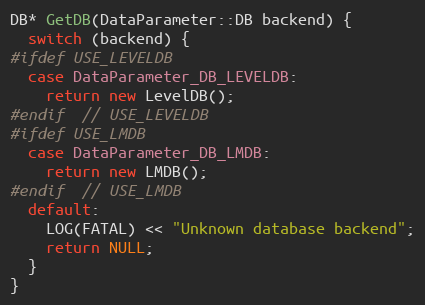
Language: C++
DB* GetDB(DataParameter::DB backend) {
  switch (backend) {
#ifdef USE_LEVELDB
  case DataParameter_DB_LEVELDB:
    return new LevelDB();
#endif  // USE_LEVELDB
#ifdef USE_LMDB
  case DataParameter_DB_LMDB:
    return new LMDB();
#endif  // USE_LMDB
  default:
    LOG(FATAL) << "Unknown database backend";
    return NULL;
  }
}